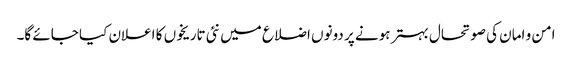
امن و امان کی صوتحال بہتر ہونے پر دونوں اضلاع میں نئی تاریخوں کا اعلان کیا جائے گا۔